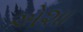
એશા